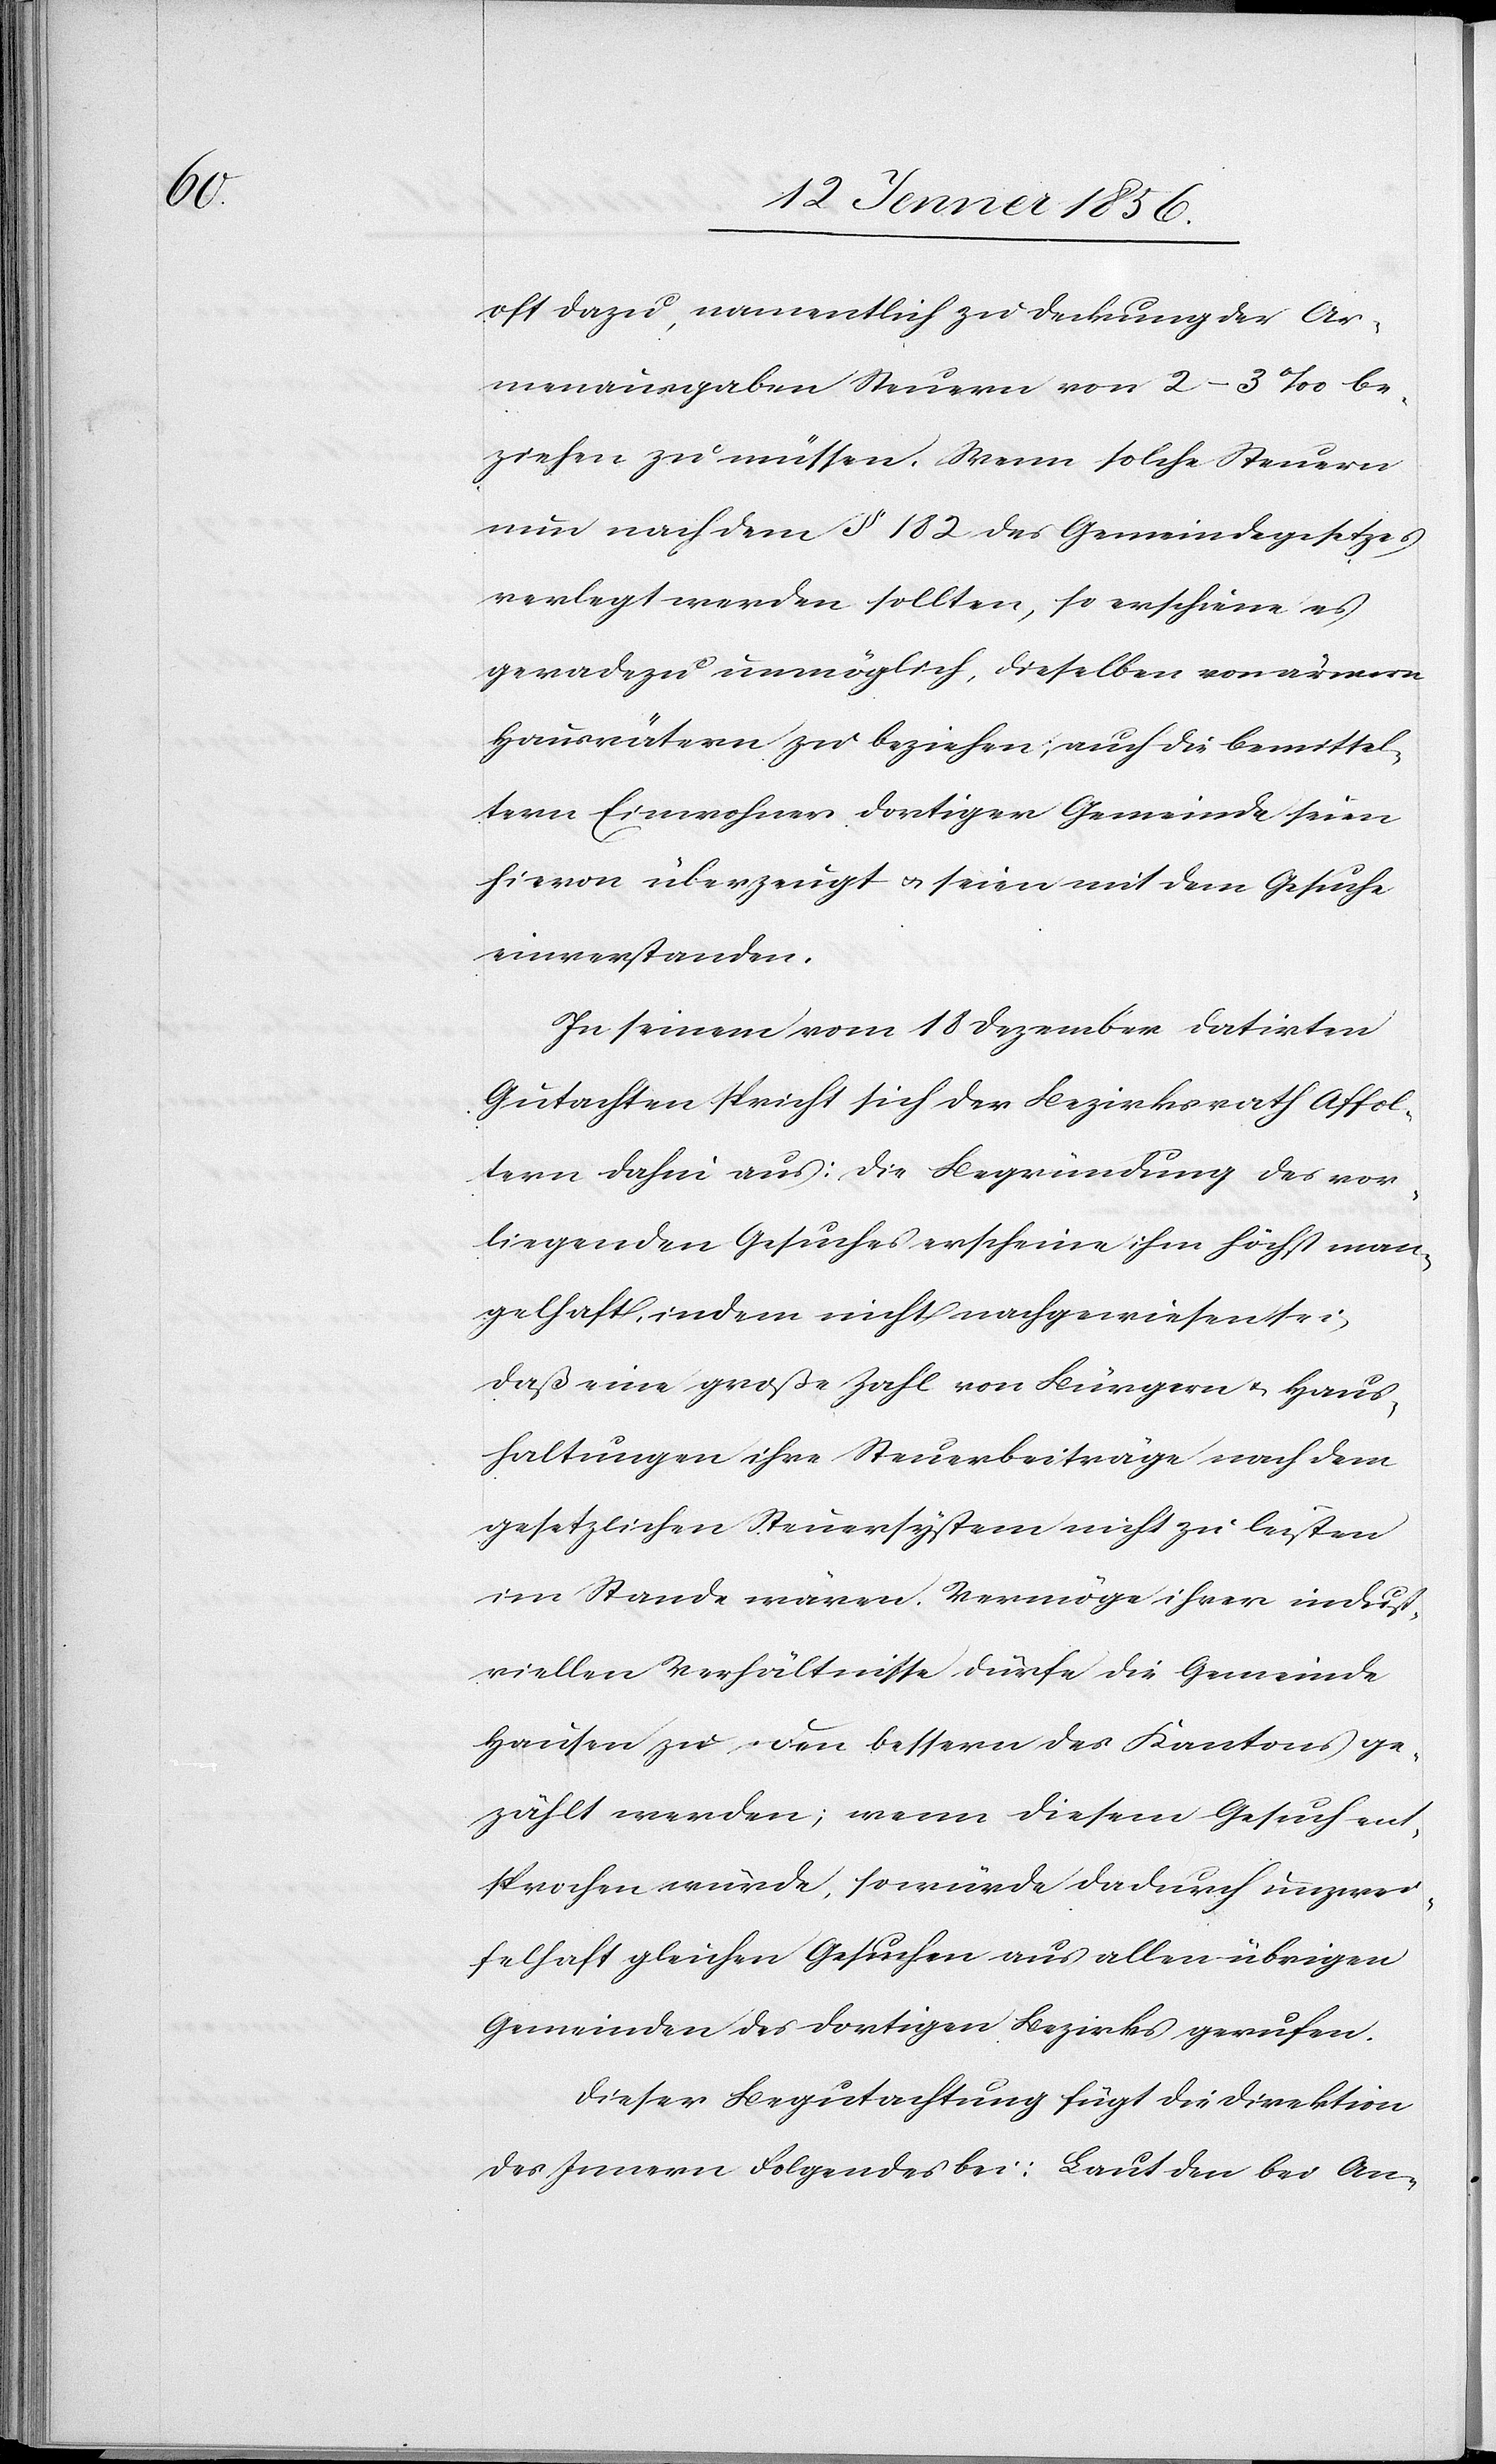
oft dazu, namentlich zu Deckung der Ar¬
menausgaben Steuern von 2–3‰ be¬
ziehen zu müssen. Wenn solche Steuern
nun nach dem § 182 des Gemeindegesetzes
verlegt werden sollten, so erschiene es
geradezu unmöglich, dieselben von ärmern
Hausvätern zu beziehen, auch die bemittel¬
tern Einwohner dortiger Gemeinde seien
hievon überzeugt u. seien mit dem Gesuche
einverstanden.
In seinem vom 18 Dezember datirten
Gutachten spricht sich der Bezirksrath Affol¬
tern dahin aus: Die Begründung des vor¬
liegenden Gesuches erscheine ihm höchst man¬
gelhaft, indem nicht nachgewiesen sei,
daß eine große Zahl von Bürgern u. Haus¬
haltungen ihre Steuerbeiträge nach dem
gesetzlichen Steuersätzen nicht zu leisten
im Stande wären. Vermöge ihrer indust¬
riellen Verhältnisse dürfe die Gemeinde
Hausen zu den bessern des Kantons ge¬
zählt werden; wenn diesem Gesuch ent¬
sprochen würde, so würde dadurch unzwei¬
felhaft gleichen Gesuchen aus allen übrigen
Gemeinden des dortigen Bezirks gerufen.
Dieser Begutachtung fügt die Direktion
des Innern Folgendes bei: Laut der bei An-